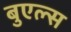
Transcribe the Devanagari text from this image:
बुएल्स